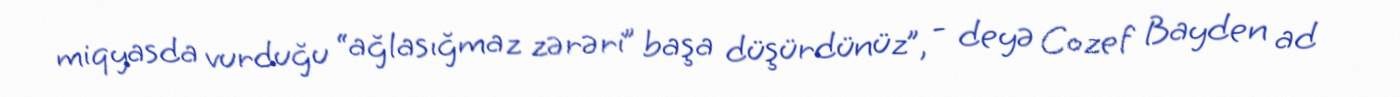
miqyasda vurduğu “ağlasığmaz zərəri” başa düşürdünüz”, - deyə Cozef Bayden ad